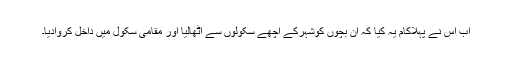
اب اس نے پہلاکام یہ کیا کہ ان بچوں کوشہرکے اچھے سکولوں سے اٹھالیا اور مقامی سکول میں داخل کروادیا۔